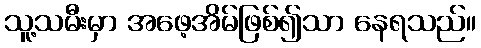
သူ့သမီးမှာ အဖေ့အိမ်ဖြစ်၍သာ နေရသည်။